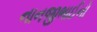
નાનજીભાઈનો